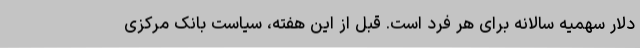
دلار سهمیه سالانه برای هر فرد است. قبل از این هفته، سیاست بانک مرکزی